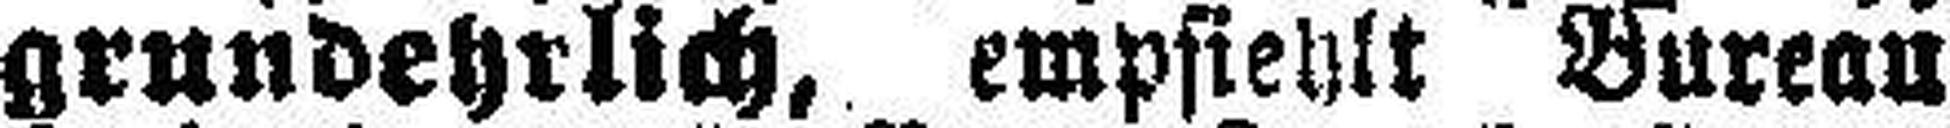
grundehrlich, empfiehlt Bureau